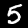
Label: 5